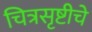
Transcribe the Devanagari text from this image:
चित्रसृष्टीचे